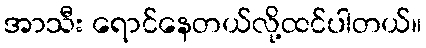
အာသီး ရောင်နေတယ်လို့ထင်ပါတယ်။